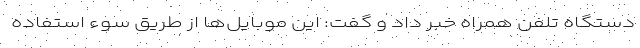
دستگاه تلفن همراه خبر داد و گفت: این موبایل‌ها از طریق سوء استفاده